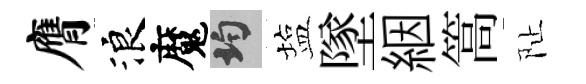
膺浪魔均塩墜絪篙阯